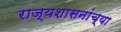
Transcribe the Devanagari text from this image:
राज्यशासनांच्या